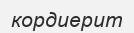
кордиерит